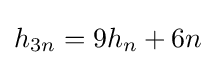
h_{3n}=9h_{n}+6n